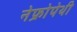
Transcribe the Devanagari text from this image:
नेफ्रोपेथी